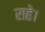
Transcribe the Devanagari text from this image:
राहे।